Leprosy in India: report of the Leprosy Commission in India, 1890-91
Year: 1890
Disease focus: Leprosy
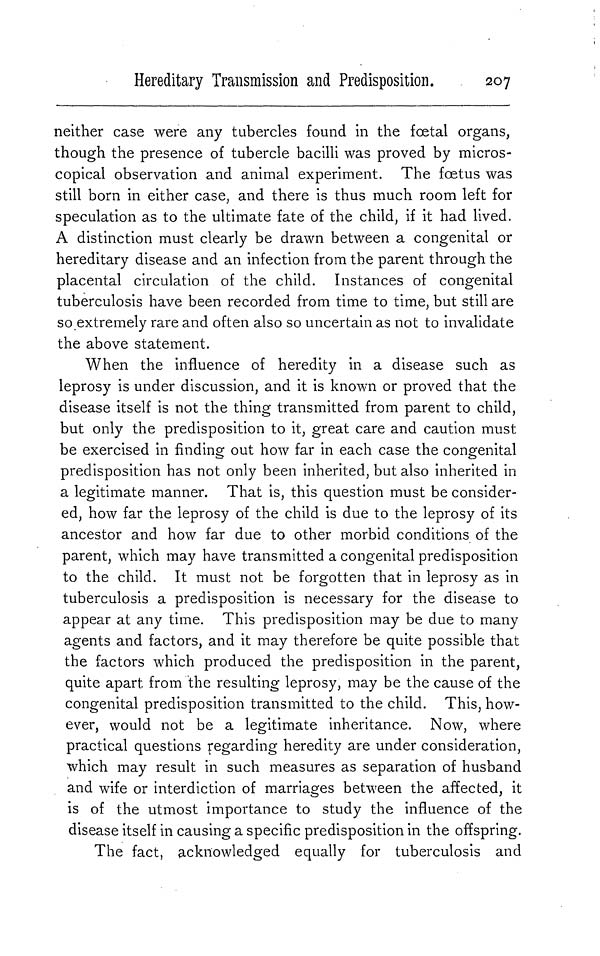
Hereditary Transmission and Predisposition.
207
neither case were any tubercles found in the fœtal organs,
though the presence of tubercle bacilli was proved by micros-
copical observation and animal experiment. The foetus was
still born in either case, and there is thus much room left for
speculation as to the ultimate fate of the child, if it had lived.
A distinction must clearly be drawn between a congenital or
hereditary disease and an infection from the parent through the
placental circulation of the child. Instances of congenital
tuberculosis have been recorded from time to time, but still are
so extremely rare and often also so uncertain as not to invalidate
the above statement.
When the influence of heredity in a disease such as
leprosy is under discussion, and it is known or proved that the
disease itself is not the thing transmitted from parent to child,
but only the predisposition to it, great care and caution must
be exercised in finding out how far in each case the congenital
predisposition has not only been inherited, but also inherited in
a legitimate manner. That is, this question must be consider-
ed, how far the leprosy of the child is due to the leprosy of its
ancestor and how far due to other morbid conditions of the
parent, which may have transmitted a congenital predisposition
to the child. It must not be forgotten that in leprosy as in
tuberculosis a predisposition is necessary for the disease to
appear at any time. This predisposition may be due to many
agents and factors, and it may therefore be quite possible that
the factors which produced the predisposition in the parent,
quite apart from the resulting leprosy, may be the cause of the
congenital predisposition transmitted to the child. This, how-
ever, would not be a legitimate inheritance. Now, where
practical questions regarding heredity are under consideration,
which may result in such measures as separation of husband
and wife or interdiction of marriages between the affected, it
is of the utmost importance to study the influence of the
disease itself in causing a specific predisposition in the offspring.
The fact, acknowledged equally for tuberculosis and